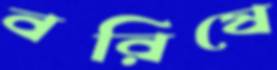
বরিষে